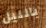
بالليل